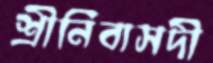
শ্রীনিবাসদী